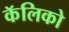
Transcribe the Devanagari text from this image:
कॅलिको